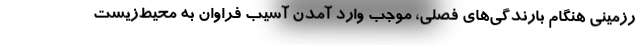
رزمینی هنگام بارندگی‌های فصلی، موجب وارد آمدن آسیب فراوان به محیط‌زیست